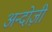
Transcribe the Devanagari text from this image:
अन्दोज़ी